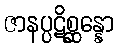
ဇာနပ္ပဋိစ္ဆန္နော